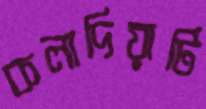
কলাদিয়াটি